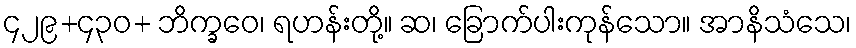
၄၂၉+၄၃၀+ ဘိက္ခဝေ၊ ရဟန်းတို့။ ဆ၊ ခြောက်ပါးကုန်သော။ အာနိသံသေ၊